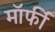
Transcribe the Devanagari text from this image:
मॉर्फी